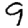
Digit: 9